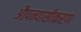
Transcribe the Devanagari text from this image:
औपन्यासीकरण